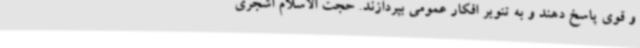
و قوی پاسخ دهند و به تنویر افکار عمومی بپردازند. حجت الاسلام اشجری